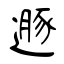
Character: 遯